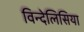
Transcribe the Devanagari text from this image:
विन्देलिसिया